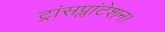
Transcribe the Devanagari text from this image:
ट्रांसप्लांटेशन।